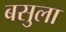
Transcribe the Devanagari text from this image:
बसुला